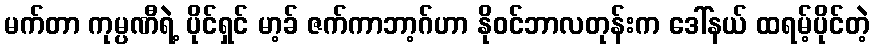
မက်တာ ကုမ္ပဏီရဲ့ ပိုင်ရှင် မာ့ခ် ဇက်ကာဘာ့ဂ်ဟာ နိုဝင်ဘာလတုန်းက ဒေါ်နယ် ထရမ့်ပိုင်တဲ့